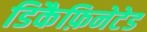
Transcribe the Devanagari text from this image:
डिकैफ़िनेटेड